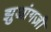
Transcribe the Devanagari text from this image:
झुआंगज़ी